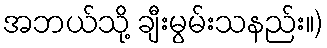
အဘယ်သို့ ချီးမွမ်းသနည်း။)